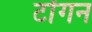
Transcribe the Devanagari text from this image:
टोंगन